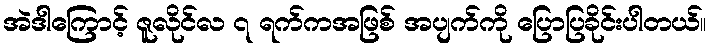
အဲဒါကြောင့် ဇူလိုင်လ ၇ ရက်ကအဖြစ် အပျက်ကို ပြောပြခိုင်းပါတယ်။